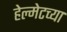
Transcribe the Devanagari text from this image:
हेल्मेटच्या